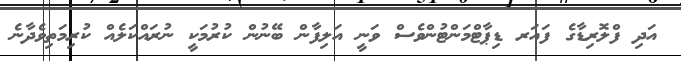
އަދި ފްލޮރިޑާގެ ފައަރ ޑިޕާޓްމަންޓުންވެސް ވަނީ އަލިފާން ބޭނުން ކުރުމަކީ ނުރައްކަލެއް ކުރިމަތިވެދާނެ